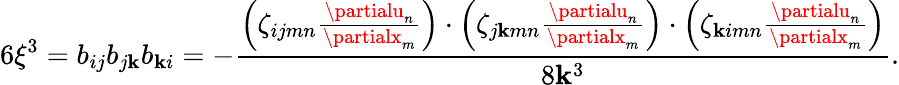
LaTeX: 6\xi^{3}=b_{ij}b_{j\mathbf{k}}b_{\mathbf{k}i}=-\frac{{\left(\zeta_{ijmn}\frac{{\partialu_{n}}}{{\partialx_{m}}}\right)\cdot\left(\zeta_{j\mathbf{k}mn}\frac{{\partialu_{n}}}{{\partialx_{m}}}\right)\cdot\left(\zeta_{\mathbf{k}imn}\frac{{\partialu_{n}}}{{\partialx_{m}}}\right)}}{{8\mathbf{k}^{3}}}.